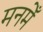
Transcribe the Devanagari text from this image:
मनमेँ